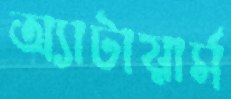
অ্যাটায়ার্স